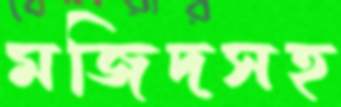
মজিদসহ